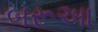
બરૂઆ